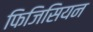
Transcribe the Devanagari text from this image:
फिजिसियन